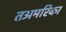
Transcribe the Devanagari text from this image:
तअमरिका